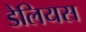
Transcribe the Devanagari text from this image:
डेलियस